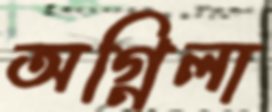
অগ্নিলা